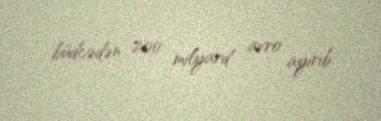
büdcədən 200 milyard avro ayırıb.